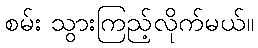
စမ်း သွားကြည့်လိုက်မယ်။